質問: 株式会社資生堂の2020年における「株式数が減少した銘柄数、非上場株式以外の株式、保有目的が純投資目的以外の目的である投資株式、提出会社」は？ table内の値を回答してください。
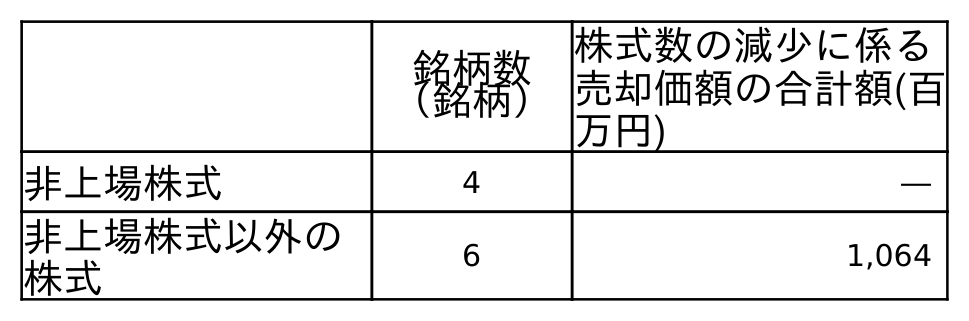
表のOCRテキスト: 銘柄数 （銘柄） 株式数の減少に係る 売却価額の合計額(百 万円) 非上場株式 4 ― 非上場株式以外の 株式 6 1,064
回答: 6